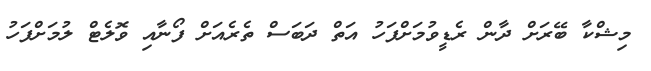
މިޝްކާ ބޭރަށް ދާން ރެޑީވުމަށްފަހު އަތް ދަބަސް ތެރެއަށް ފޯނާއި ވޮލެޓް ލުމަށްފަހު